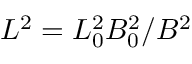
L ^ { 2 } = L _ { 0 } ^ { 2 } B _ { 0 } ^ { 2 } / B ^ { 2 }